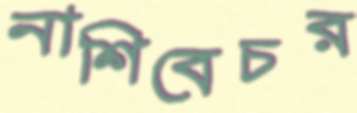
নাশিবেচর